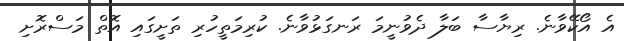
އެ އޯކޭވާނެ. ރިޔާސާ ބަލާ ދެވުނީމަ ރަނގަޅުވާނެ. ކުރިމަތީހުރި ތަށީގައި އޮތް މަސްރޮށި